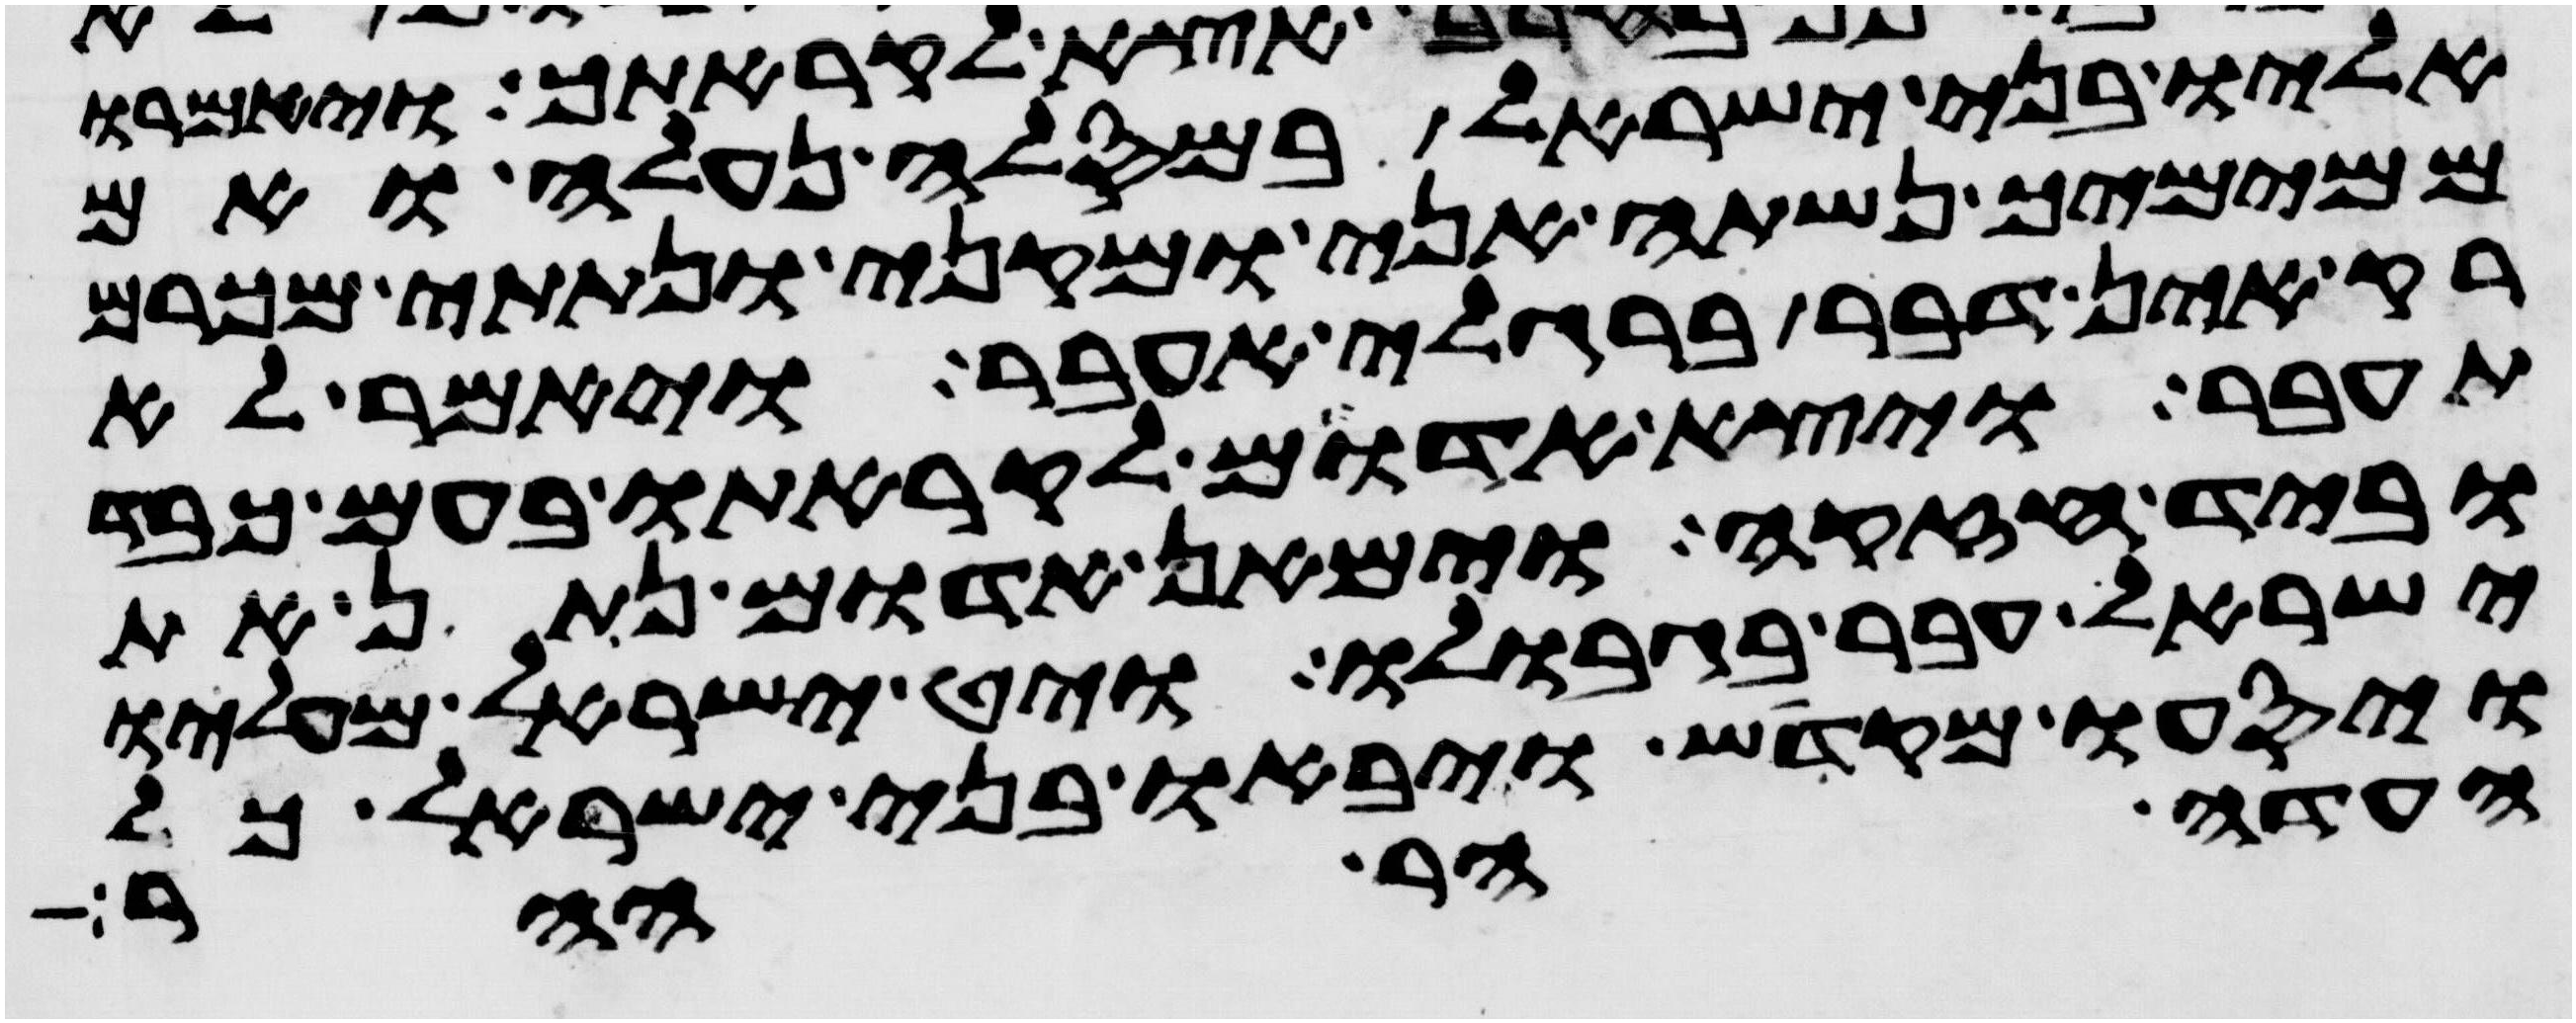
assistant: אליו בני ישראל במסלה נעלה ואם
ממימיך נשתה אני ומקני ונתתי מכרם
רק אין דבר ברגלי אעבר ויאמר לא
תעבר ויצא אדום לקראתו בעם כבד
וביד חזקה וימאן אדום נתון את
ישראל עבר בגבולו ויט ישראל מעליו
ויסעו מקדש ויבאו בני ישראל כל
העדה הר ההר